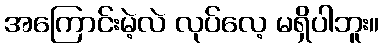
အကြောင်းမဲ့လဲ လုပ်လေ့ မရှိပါဘူး။